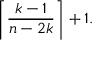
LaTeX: \left\lceil { \frac { k - 1 } { n - 2 k } } \right\rceil + 1 .